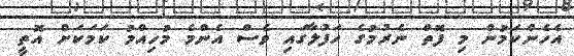
އެހެންކަމުން މި ފޮތް ނެރުމުގެ ހަފުލާގައި ވެސް އެންމެ މުހިއްމު ކަމަކަށް އޮތީ